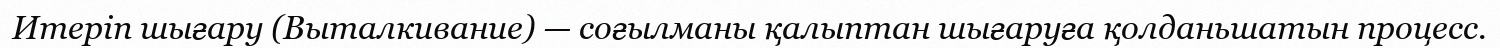
Итерiп шығару (Выталкивание) — соғылманы қалыптан шығаруға қолданьшатын процесс.